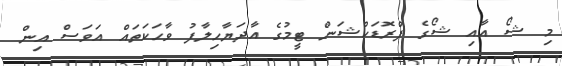
މި ޝޯ އާއި ޝޯގެ ޕްރޮޑަކްޝަން ޓީމުގެ އާދަޔާހިލާފު ވާހަކަތައް އަވަސް އިން